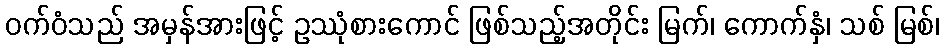
ဝက်ဝံသည် အမှန်အားဖြင့် ဥဿုံစားကောင် ဖြစ်သည့်အတိုင်း မြက်၊ ကောက်နှံ၊ သစ် မြစ်၊